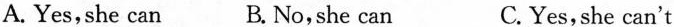
A. Yes,she can B. No,she can C. Yes,she can't